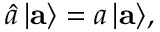
\hat { a } \, | { \bf a } \rangle = a \, | { \bf a } \rangle ,